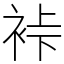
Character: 裃